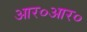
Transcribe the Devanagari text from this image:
आर०आर०